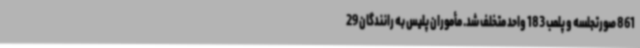
861 صورتجلسه و پلمب 183 واحد متخلف شد. مأموران پلیس به رانندگان 29